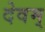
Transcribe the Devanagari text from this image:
देवम्